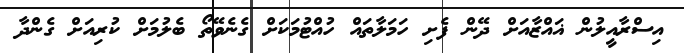
އިސްރާއީލުން ޣައްޒާއަށް ދޭން ފެށި ހަމަލާތައް ހުއްޓުމަކަށް ގެނެވޭތޯ ބެލުމަށް ކުރިއަށް ގެންދާ